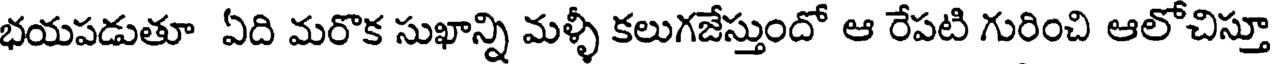
భయపడుతూ ఏది మరొక సుఖాన్ని మళ్ళీ కలుగజేస్తుందో ఆ రేపటి గురించి ఆలోచిస్తూ